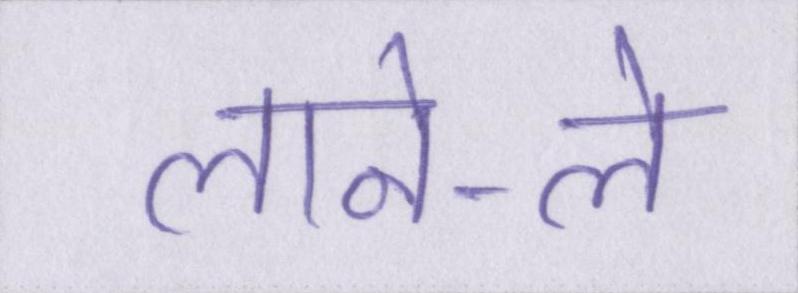
लाने-ले